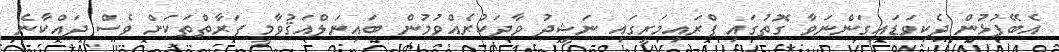
އެބޭފުޅުން ދެކިވަޑައިގަންނަވާ ގޮތުގައި ޕްރައިމަރީގައި ނަޝީދު ވާދަކުރެއްވުމުން ބައިނަލްއަޤުވާމީ ފަރާތްތަކަށް ވެސް ދައްކާނެ